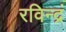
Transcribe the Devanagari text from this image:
रविन्द्रं